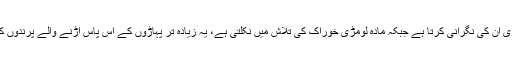
اس دوران نر لومڑی ان کی نگرانی کرتا ہے جبکہ مادہ لومڑی خوراک کی تلاش میں نکلتی ہے، یہ زیادہ تر پہاڑوں کے آس پاس اڑنے والے پرندوں کا شکار کرتی ہے۔